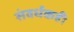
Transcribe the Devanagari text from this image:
संवर्धकही